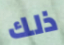
ذلك